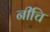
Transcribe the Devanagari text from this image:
नीचि